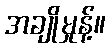
အချိုမှုန့်။